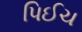
પિઈચ